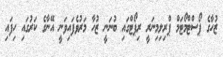
ޒުހާގެ ޕޯސްޓްމޯޓަމް ޕްރިލިމިނަރީ ރިޕޯޓްގައި ބުނަނީ ޒުހާ މަރުވެފައިވަނީ އޭނާގެ ކަރުގައި ހިފައި